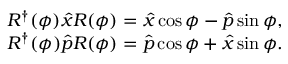
\begin{array} { r } { R ^ { \dagger } ( \phi ) \hat { x } R ( \phi ) = \hat { x } \cos \phi - \hat { p } \sin \phi , } \\ { R ^ { \dagger } ( \phi ) \hat { p } R ( \phi ) = \hat { p } \cos \phi + \hat { x } \sin \phi . } \end{array}